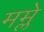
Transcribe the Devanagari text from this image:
मम्ले